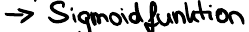
-> Sigmoidfunktion